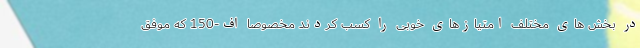
در بخش های مختلف امتیازهای خوبی را کسب کردند مخصوصا اف-150 که موفق